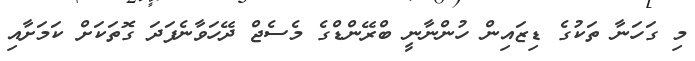
މި ގަހަނާ ތަކުގެ ޑިޒައިން ހުންނާނީ ބްރޭންޑްގެ މެސެޖް ދޭހަވާނެފަދަ ގޮތަކަށް ކަމަށާއި